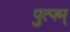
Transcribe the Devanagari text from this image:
पुत्फ्म्